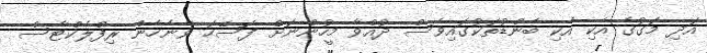
އަދި މަގުގެ އެކި އެކި ބެންޑުތަކުގައިވެސް ދުއްވާ މީހުންނަށް ފަސޭހަ ވާނެހެން ރިފްލެކްޓާސް